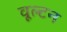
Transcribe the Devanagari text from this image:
वूल्टन